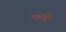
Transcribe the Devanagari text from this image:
थळुने